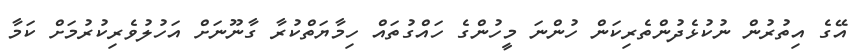
އޭގެ އިތުރުން ނުކުޅެދުންތެރިކަން ހުންނަ މީހުންގެ ހައްގުތައް ހިމާޔަތްކުރާ ގާނޫނަށް އަހުލުވެރިކުރުމަށް ކަމާ